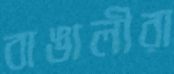
বাঙালীরা